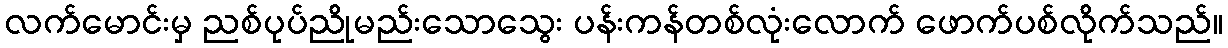
လက်မောင်းမှ ညစ်ပုပ်ညိုမည်းသောသွေး ပန်းကန်တစ်လုံးလောက် ဖောက်ပစ်လိုက်သည်။